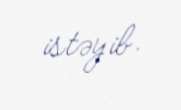
istəyib.